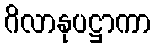
ဂိလာနုပဋ္ဌာကာ